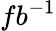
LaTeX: fb^{-1}